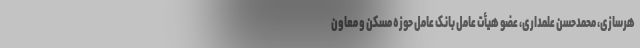
هرسازی، محمدحسن علمداری، عضو هیأت عامل بانک عامل حوزه مسکن و معاون